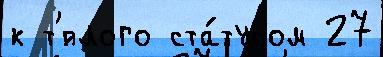
к т'́плого ста́тусом 27